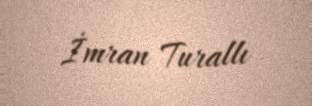
İmran Turallı